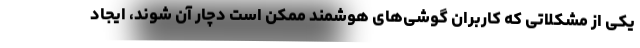
یکی از مشکلاتی که کاربران گوشی‌های هوشمند ممکن است دچار آن شوند، ایجاد